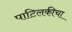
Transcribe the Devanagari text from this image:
पाटिलकीचा